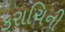
કરાચિની